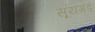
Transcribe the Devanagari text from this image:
सूयगडं